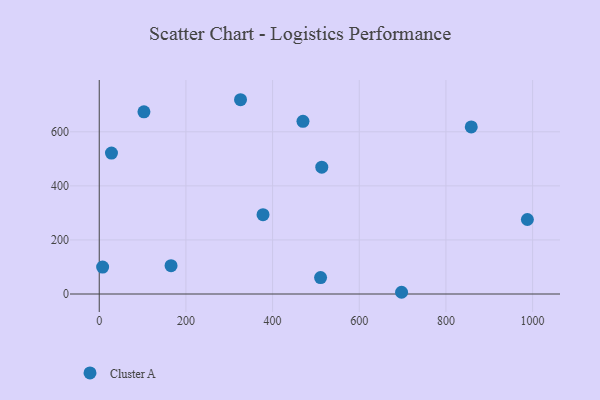
{"axis": {"x": "Engine Size", "y": "Fuel Efficiency"}, "legend": ["Cluster A"], "data": [{"x": "513.5", "y": 469.2, "type": "Cluster A"}, {"x": "7.8", "y": 99.5, "type": "Cluster A"}, {"x": "470.1", "y": 638.7, "type": "Cluster A"}, {"x": "697.6", "y": 6.4, "type": "Cluster A"}, {"x": "326.0", "y": 718.6, "type": "Cluster A"}, {"x": "858.4", "y": 617.9, "type": "Cluster A"}, {"x": "165.7", "y": 104.7, "type": "Cluster A"}, {"x": "103.1", "y": 673.7, "type": "Cluster A"}, {"x": "28.2", "y": 521.4, "type": "Cluster A"}, {"x": "377.9", "y": 293.5, "type": "Cluster A"}, {"x": "987.9", "y": 275.5, "type": "Cluster A"}, {"x": "510.7", "y": 60.9, "type": "Cluster A"}]}